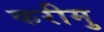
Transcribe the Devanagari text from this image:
करीमु